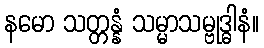
နမော သတ္တန္နံ သမ္မာသမ္ဗုဒ္ဓါနံ။